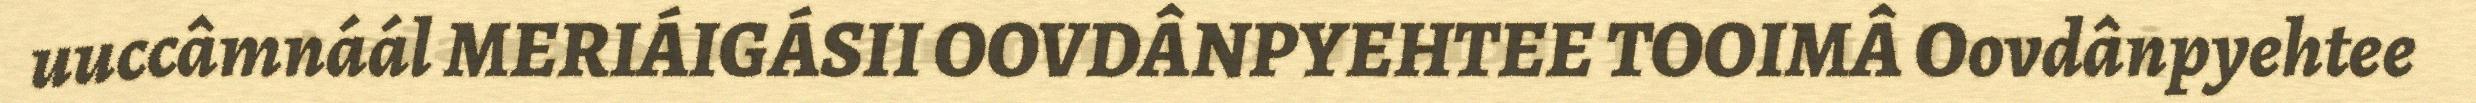
uuccâmnáál MERIÁIGÁSII OOVDÂNPYEHTEE TOOIMÂ Oovdânpyehtee